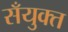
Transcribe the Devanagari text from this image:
सँयुक्त